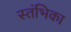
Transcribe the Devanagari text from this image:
स्तंभिका